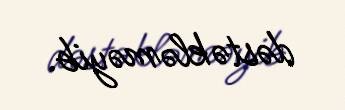
dəstəkləməyib.